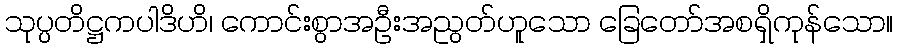
သုပ္ပတိဋ္ဌကပါဒိဟိ၊ ကောင်းစွာအဦးအညွတ်ဟူသော ခြေတော်အစရှိကုန်သော။